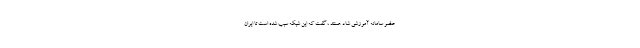
عضو سامانه آموزشی شاد هستند ، گفت که این شبکه سبب شده است تا ایران